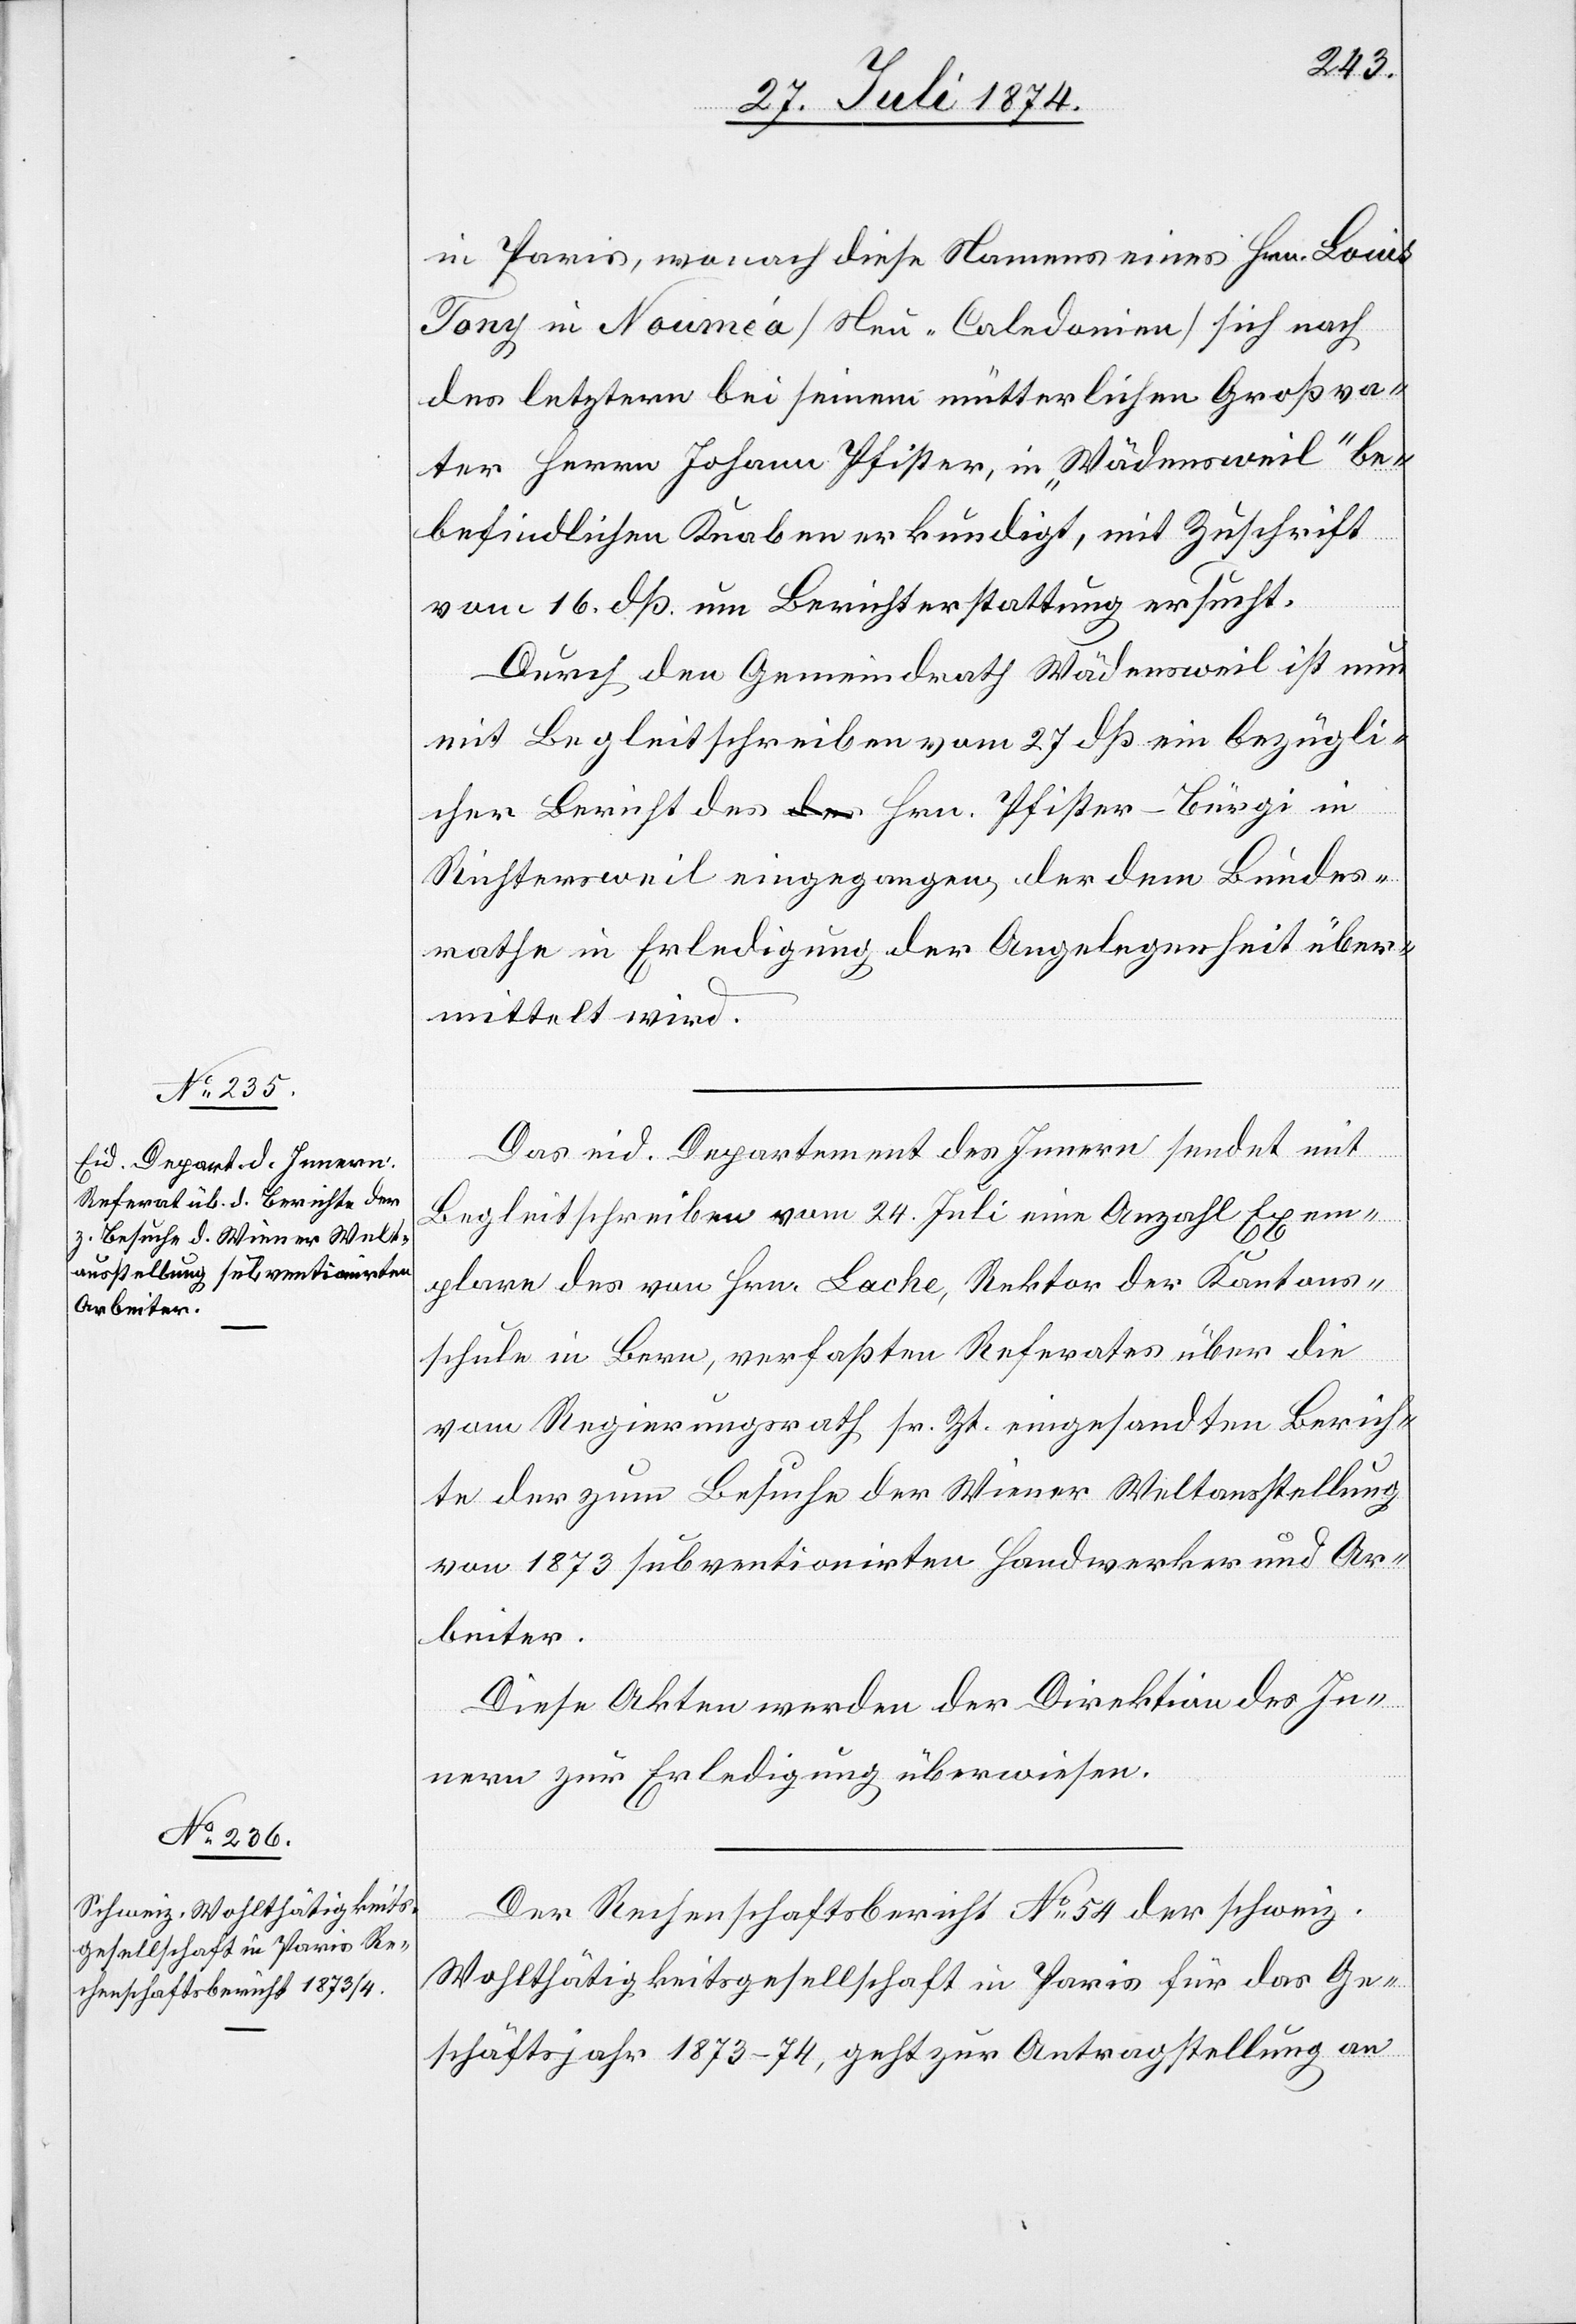
29. Juli 1874.]
in Paris, wonach diese Namens eines Hrn. Louis
Tony in Nouméa [Neu-Caledonien] sich nach
des letztern bei seinem mütterlichen Großva¬
ter Herrn Johann Pfister, in „Wädensweil“ be¬
befindlichen [sic!] Knaben erkundigt, mit Zuschrift
vom 16. dß. um Berichterstattung ersucht.
Durch den Gemeindrath Wädensweil ist nun
mit Begleitschreiben vom 27. dß. ein bezügli¬
cher Bericht des Hrn. Pfister-Bürgi in
Richtersweil eingegangen, der dem Bundes¬
rathe in Erledigung der Angelegenheit über¬
mittelt wird.
Das eid. Departement des Innern sendet mit
Begleitschreiben vom 24. Juli eine Anzahl Exem¬
plare des von Hrn. Lache, Rektor der Kantons¬
schule in Bern, verfaßten Referates über die
vom Regierungsrath sr. Zt. eingesandten Berich¬
te der zum Behufe der Wiener Weltausstellung
von 1873 subventionirten Handwerker und Ar¬
beiter.
Diese Akten werden der Direktion des In¬
nern zur Erledigung überwiesen.
Der Rechenschaftsbericht No 54 der schweiz.
Wohlthätigkeitsgesellschaft in Paris für das Ge¬
schäftsjahr 1873–74, geht zur Antragstellung an